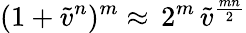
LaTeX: (1+\tilde{v}^{n})^{m}\approx\, 2^{m}\, \tilde{v}^{\frac{mn}{2}}